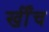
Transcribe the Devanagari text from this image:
खीँच